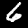
Digit: 6